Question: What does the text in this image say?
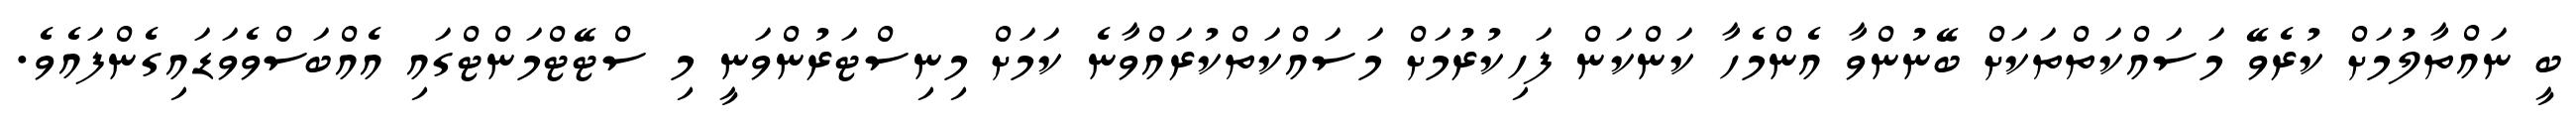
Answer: ބީ ނައްތާލުމަށް ކުރެވޭ މަސައްކަތްތަކަށް ބޭނުންވާ އެންމެހާ ކަންކަން ފަހިކުރުމަށް މަސައްކަތްކުރައްވާނެ ކަމަށް މިނިސްޓަރުންވަނީ މި ސްޓޭޓްމަންޓްގައި އެއްބަސްވެވަޑައިގެންފައެވެ.